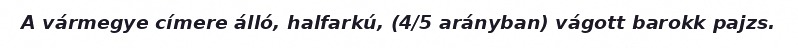
A vármegye címere álló, halfarkú, (4/5 arányban) vágott barokk pajzs.